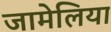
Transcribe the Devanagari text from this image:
जामेलिया